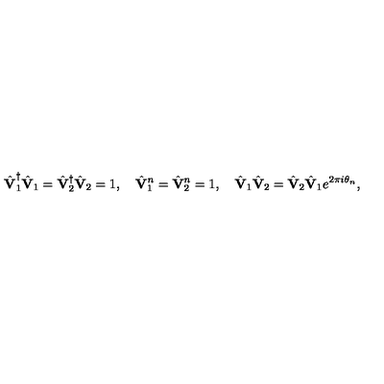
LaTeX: \hat { \bf V } _ { 1 } ^ { \dagger } \hat { \bf V } _ { 1 } = \hat { \bf V } _ { 2 } ^ { \dagger } \hat { \bf V } _ { 2 } = 1 , \quad \hat { \bf V } _ { 1 } ^ { n } = \hat { \bf V } _ { 2 } ^ { n } = 1 , \quad \hat { \bf V } _ { 1 } \hat { \bf V } _ { 2 } = \hat { \bf V } _ { 2 } \hat { \bf V } _ { 1 } e ^ { 2 \pi i \theta _ { n } } ,